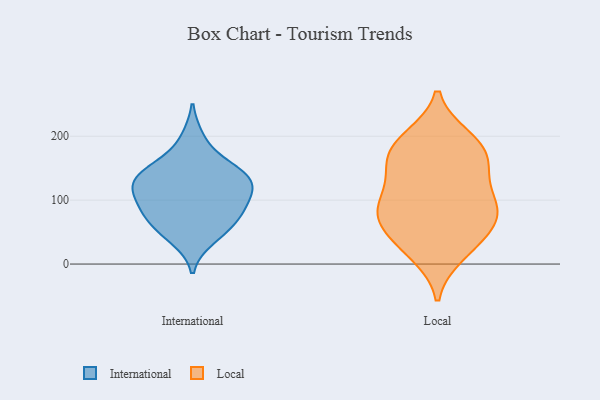
{"axis": {"x": "Tickets Resolved", "y": "Value"}, "legend": ["International", "Local"], "data": [{"x": "", "y": 39, "type": "International"}, {"x": "", "y": 114, "type": "International"}, {"x": "", "y": 144, "type": "International"}, {"x": "", "y": 149, "type": "International"}, {"x": "", "y": 77, "type": "International"}, {"x": "", "y": 127, "type": "International"}, {"x": "", "y": 104, "type": "International"}, {"x": "", "y": 50, "type": "International"}, {"x": "", "y": 70, "type": "International"}, {"x": "", "y": 74, "type": "International"}, {"x": "", "y": 130, "type": "International"}, {"x": "", "y": 154, "type": "International"}, {"x": "", "y": 95, "type": "International"}, {"x": "", "y": 197, "type": "International"}, {"x": "", "y": 122, "type": "International"}, {"x": "", "y": 68, "type": "Local"}, {"x": "", "y": 38, "type": "Local"}, {"x": "", "y": 77, "type": "Local"}, {"x": "", "y": 99, "type": "Local"}, {"x": "", "y": 173, "type": "Local"}, {"x": "", "y": 198, "type": "Local"}, {"x": "", "y": 15, "type": "Local"}, {"x": "", "y": 24, "type": "Local"}, {"x": "", "y": 183, "type": "Local"}, {"x": "", "y": 153, "type": "Local"}, {"x": "", "y": 195, "type": "Local"}, {"x": "", "y": 102, "type": "Local"}, {"x": "", "y": 72, "type": "Local"}, {"x": "", "y": 67, "type": "Local"}, {"x": "", "y": 143, "type": "Local"}, {"x": "", "y": 98, "type": "Local"}, {"x": "", "y": 154, "type": "Local"}]}